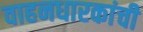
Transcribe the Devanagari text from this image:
वाहनधारकांची